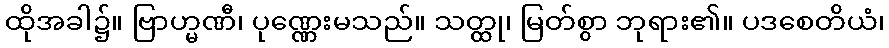
ထိုအခါ၌။ ဗြာဟ္မဏီ၊ ပုဏ္ဏေးမသည်။ သတ္ထု၊ မြတ်စွာ ဘုရား၏။ ပဒစေတိယံ၊